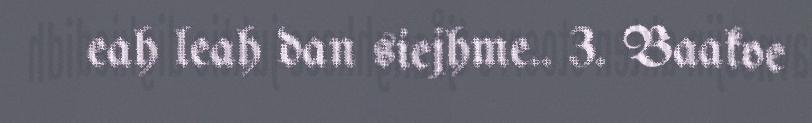
eah leah dan siejhme.. 3. Baakoe